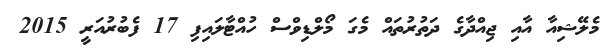
މެލޭޝިއާ އާއި ޖިއްދާގެ ދަތުރުތައް މެގަ މޯލްޑިވްސް ހުއްޓާލައިފި 17 ފެބުރުއަރީ 2015